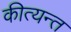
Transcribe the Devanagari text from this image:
कीत्यन्त